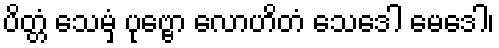
ပိတ္တံ သေမှံ ပုဗ္ဗော လောဟိတံ သေဒေါ မေဒေါ၊